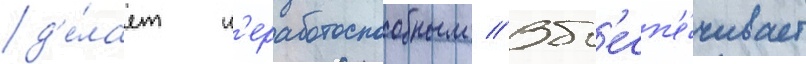
д'е́лает н'еработоспособным // Об'есп'е́чивает